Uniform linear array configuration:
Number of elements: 12
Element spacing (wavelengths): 1
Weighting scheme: hann
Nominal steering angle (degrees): -45
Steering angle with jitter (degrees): -45.725
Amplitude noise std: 0.05
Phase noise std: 0.05

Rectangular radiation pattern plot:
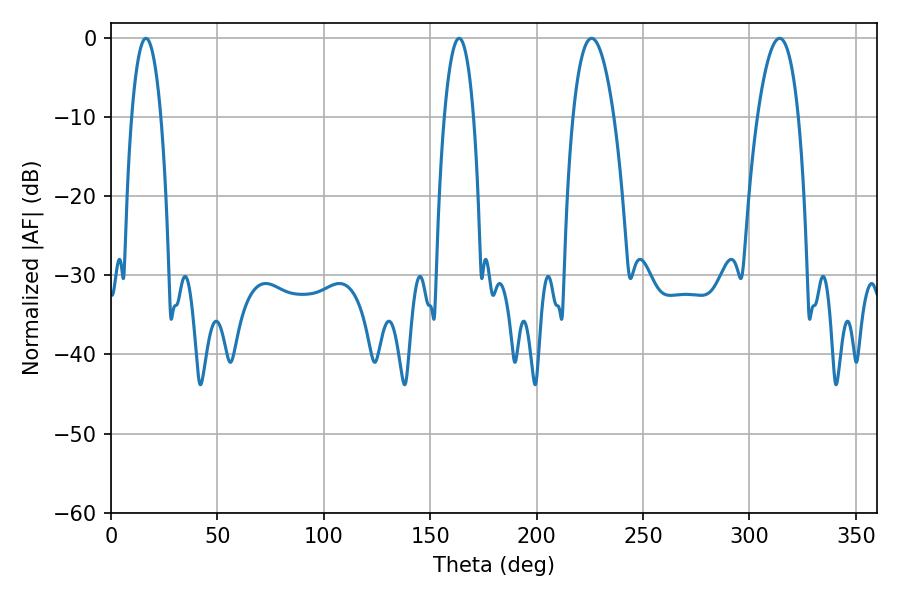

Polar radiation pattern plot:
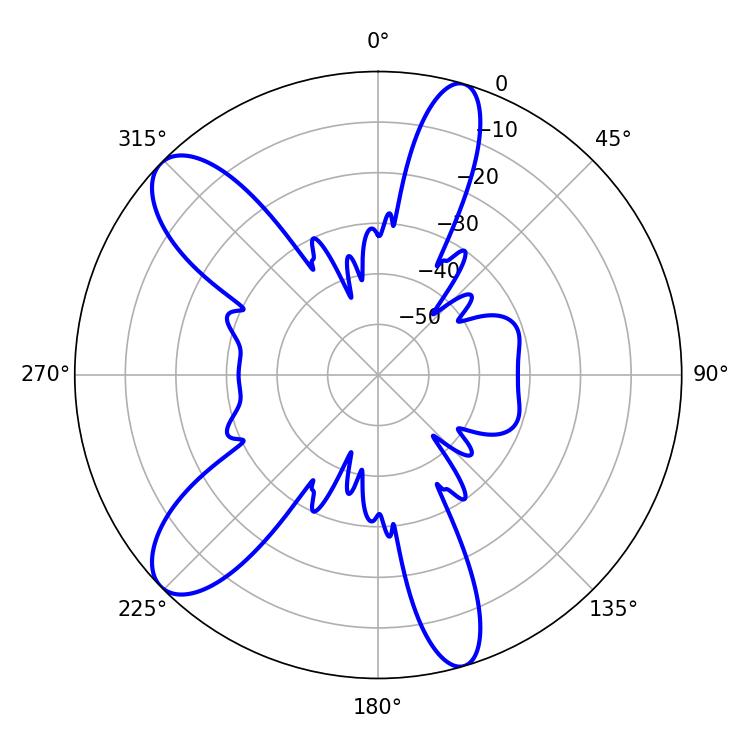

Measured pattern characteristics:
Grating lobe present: TRUE
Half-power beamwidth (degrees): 7.74
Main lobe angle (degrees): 16.38